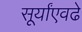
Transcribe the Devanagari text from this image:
सूर्यांएवढे